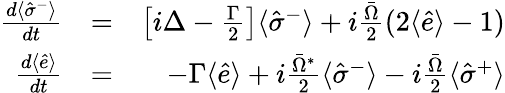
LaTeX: \begin{array}{rlr}{\frac{d\langle\hat{\sigma}^{-}\rangle}{dt}}&{=}&{\left[i\Delta-\frac{\Gamma}{2}\right]\langle\hat{\sigma}^{-}\rangle+i\frac{\bar{\Omega}}{2}(2\langle\hat{e}\rangle-1)}\\ {\frac{d\langle\hat{e}\rangle}{dt}}&{=}&{-\Gamma\langle\hat{e}\rangle+i\frac{\bar{\Omega}^{*}}{2}\langle\hat{\sigma}^{-}\rangle-i\frac{\bar{\Omega}}{2}\langle\hat{\sigma}^{+}\rangle}\end{array}